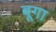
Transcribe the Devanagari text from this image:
बूगा